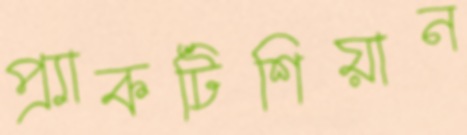
প্র্যাকটিশিয়ান